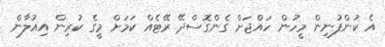
އެ ކުންފުނިން މީހުން ހައްޖަށް ގެންގޮސްދޭ ރޭޓެއް ކަމަށް މީގެ ކުރިން އިއުލާން